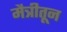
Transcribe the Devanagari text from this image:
मैत्रीतून